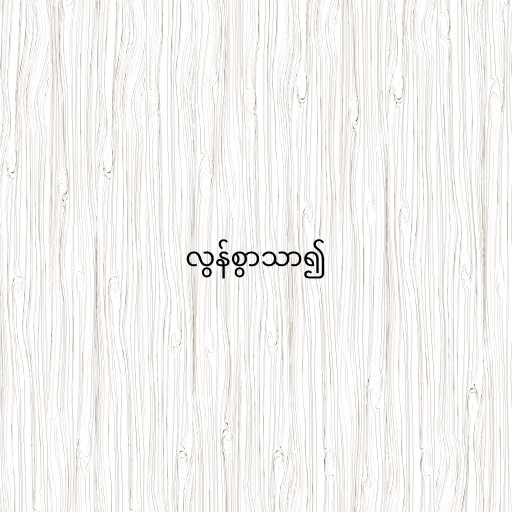
လွန်စွာသာ၍